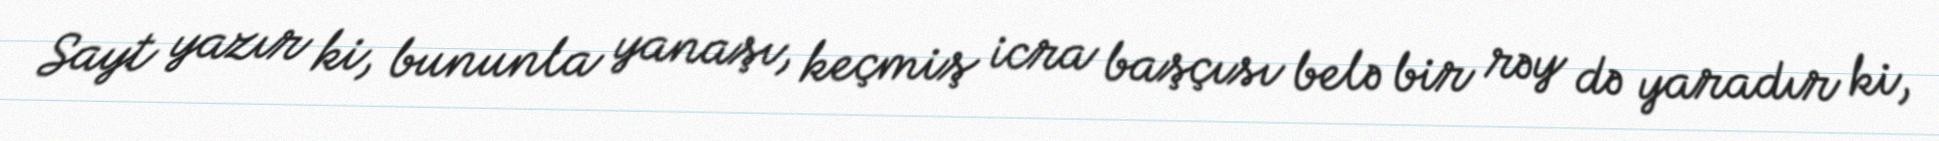
Sayt yazır ki, bununla yanaşı, keçmiş icra başçısı belə bir rəy də yaradır ki,